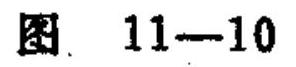
图 \(11 - 10\)